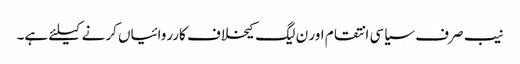
نیب صرف سیاسی انتقام اور ن لیگ کیخلاف کارروائیاں کرنے کیلئے ہے۔